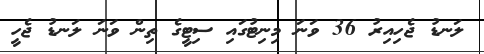
ލަނޑު ޖެހިއިރު 36 ވަނަ މިނިޓުގައި ސިޓީގެ ތިން ވަނަ ލަނޑު ޖެހީ